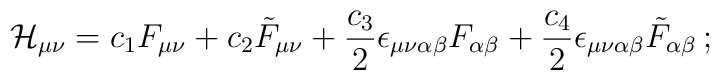
{\cal H}_{\mu\nu} = c_1 F_{\mu\nu} +c_2 \tilde F_{\mu\nu} +{ c_3\over 2} \epsilon_{\mu\nu\alpha\beta} F_{\alpha\beta}+{c_4 \over 2} \epsilon_{\mu\nu\alpha\beta} \tilde F_{\alpha\beta}\,;